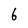
Character: 6